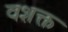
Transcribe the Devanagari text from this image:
वशक्त